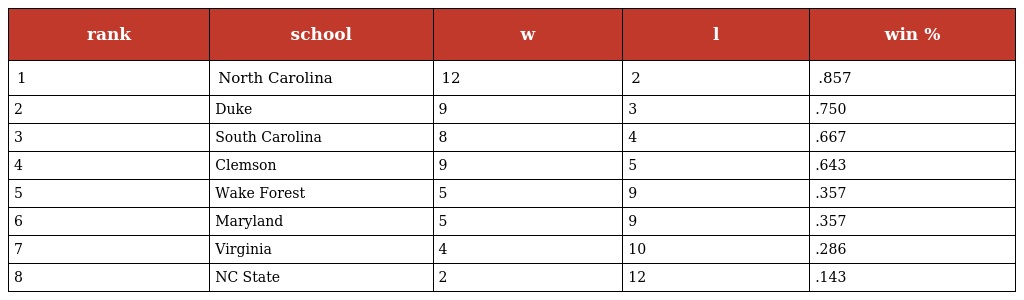
| rank | school | w | l | win % |
 | --- | --- | --- | --- | --- |
 | 1 | North Carolina | 12 | 2 | .857 |
 | 2 | Duke | 9 | 3 | .750 |
 | 3 | South Carolina | 8 | 4 | .667 |
 | 4 | Clemson | 9 | 5 | .643 |
 | 5 | Wake Forest | 5 | 9 | .357 |
 | 6 | Maryland | 5 | 9 | .357 |
 | 7 | Virginia | 4 | 10 | .286 |
 | 8 | NC State | 2 | 12 | .143 |